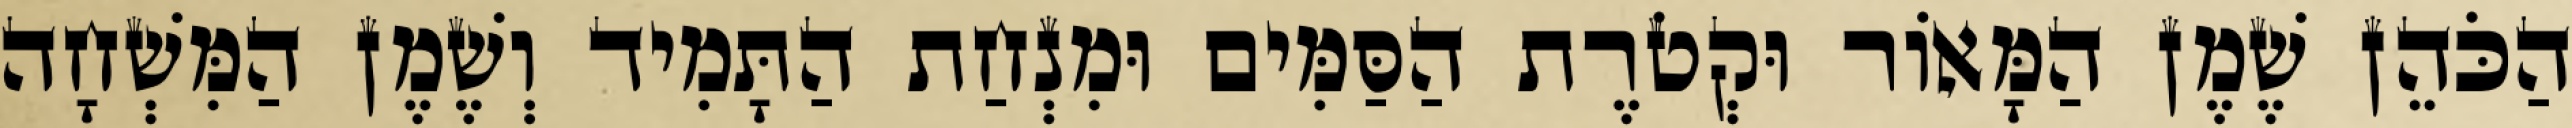
הַכֹּהֵן שֶׁמֶן הַמָּאוֹר וּקְטֹרֶת הַסַּמִּים וּמִנְחַת הַתָּמִיד וְשֶׁמֶן הַמִּשְׁחָה